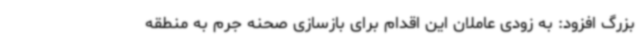
بزرگ افزود: به زودی عاملان این اقدام برای بازسازی صحنه جرم به منطقه